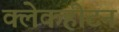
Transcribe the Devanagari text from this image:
क्लेकहीटन